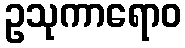
ဥသုကာရောဝ